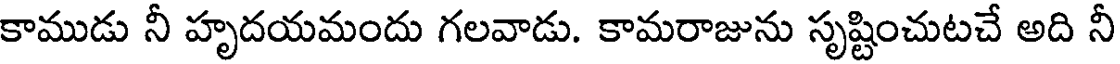
కాముడు నీ హృదయమందు గలవాడు. కామరాజును సృష్టించుటచే అది నీ